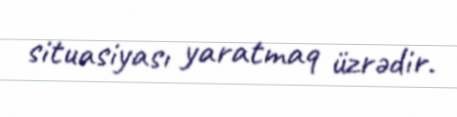
situasiyası yaratmaq üzrədir.